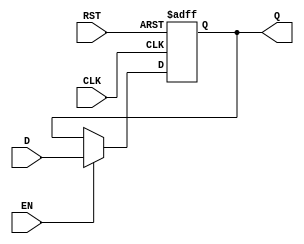
module barrier_register #(
    parameter WIDTH = 8  // Parameter to define the width of the data inputs and outputs
)(
    input wire [WIDTH-1:0] D,   // Data inputs
    input wire EN,               // Enable signal
    input wire CLK,              // Clock signal
    input wire RST,              // Asynchronous reset signal
    output reg [WIDTH-1:0] Q     // Data outputs
);

    // Synchronous process for the register
    always @(posedge CLK or posedge RST) begin
        if (RST) begin
            Q <= {WIDTH{1'b0}};    // Clear output to zero on reset
        end else if (EN) begin
            Q <= D;                // Latch input data if enable is high
        end
        // If EN is low, retain the current value of Q
    end

endmodule